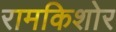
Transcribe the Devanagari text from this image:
रामकिशोर